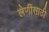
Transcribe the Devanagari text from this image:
लेणींसाठी